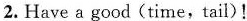
2.Have a good(time，tail)！